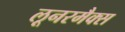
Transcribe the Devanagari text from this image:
लूनरमैक्स